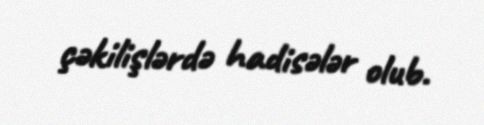
çəkilişlərdə hadisələr olub.